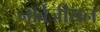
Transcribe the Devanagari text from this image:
नॉर्वेजीयन